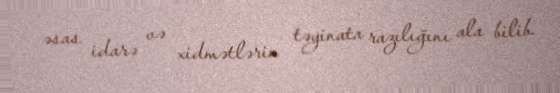
əsas idarə və xidmətlərin təyinata razılığını ala bilib.